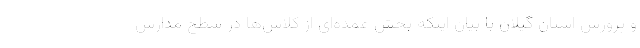
و پرورش استان گیلان با بیان اینکه بخش عمده‌ای از کلاس‌ها در سطح مدارس